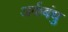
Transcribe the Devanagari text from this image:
अर्कबंधु